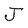
Character: J